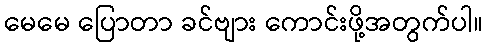
မေမေ ပြောတာ ခင်ဗျား ကောင်းဖို့အတွက်ပါ။